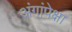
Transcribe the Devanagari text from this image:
अंगांपेक्षा